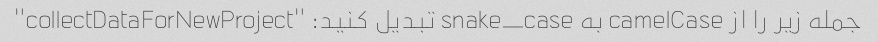
جمله زیر را از camelCase به snake_case تبدیل کنید: "collectDataForNewProject"